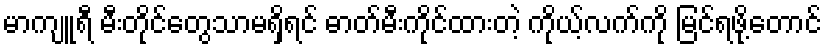
မာကျူရီ မီးတိုင်တွေသာမရှိရင် ဓာတ်မီးကိုင်ထားတဲ့ ကိုယ့်လက်ကို မြင်ရဖို့တောင်